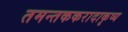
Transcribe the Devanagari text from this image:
तमन्तककरादाकृष्य